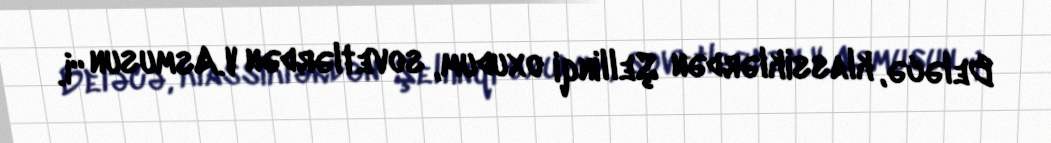
Beləcə, klassiklərdən Şellinqi oxudum, sovetlərdən V.Asmusun “İ.